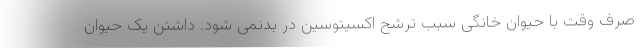
صرف وقت با حیوان خانگی سبب ترشح اکسیتوسین در بدنمی شود. داشتن یک حیوان